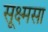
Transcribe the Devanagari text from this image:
सूक्ष्मसा